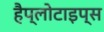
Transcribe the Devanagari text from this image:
हैप्लोटाइप्स